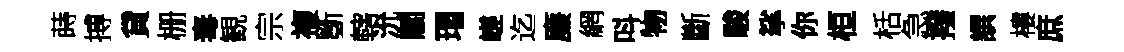
蒔搏貸栅毒観宗複斵轄沇關瑁嵯迄廉網呌物斷駿挲你桓栝急撥譔樓庶